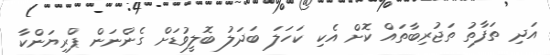
އަދި ތަފާތު ތަޖުރިބާތައް ކޮށް އެކި ކަހަލަ ބަދަލު ބޮލީވުޑަށް ގެންނަން ޕްރިޔަންކާ